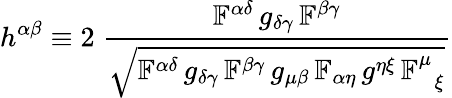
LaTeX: h^{\alpha\beta}\equiv 2\; \frac{\mathbb{F}^{\alpha\delta}\, g_{\delta\gamma}\, \mathbb{F}^{\beta\gamma}}{\sqrt{\mathbb{F}^{\alpha\delta}\, g_{\delta\gamma}\, \mathbb{F}^{\beta\gamma}\, g_{\mu\beta}\, \mathbb{F}_{\alpha\eta}\, g^{\eta\xi}\, \mathbb{F}_{\; \; \xi}^{\mu}}}